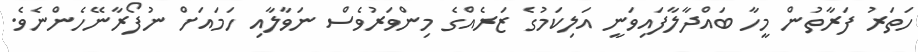
ހަތަރު ފަރާތުން މީހާ ބައްދާލާފައިވަނީ އަލިކަމުގެ ޒަރެއްގެ މިންވަރުވެސް ނަވާލާއި ހަމައަށް ނުފޯރާނޭހެންނެވެ.